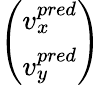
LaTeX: \left(\begin{array}{l}{v_{x}^{\textit{pred}}}\\ {v_{y}^{\textit{pred}}}\end{array}\right)